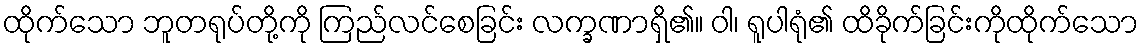
ထိုက်သော ဘူတရုပ်တို့ကို ကြည်လင်စေခြင်း လက္ခဏာရှိ၏။ ဝါ၊ ရူပါရုံ၏ ထိခိုက်ခြင်းကိုထိုက်သော